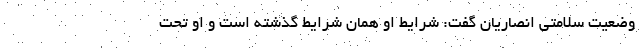
وضعیت سلامتی انصاریان گفت: شرایط او همان شرایط گذشته است و او تحت